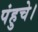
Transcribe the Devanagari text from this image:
पंहुचे।